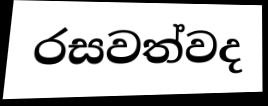
රසවත්වද